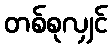
တစ်စုလျှင်